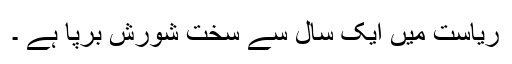
ریاست میں ایک سال سے سخت شورش برپا ہے ۔